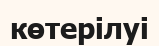
көтерілуі